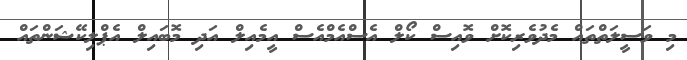
މި ވަސީލަތްތައް މެދުވެރިކޮށް ވޮއިސް ކޯލް އެސްއެމްއެސް އީމެއިލް އަދި މޮބައިލް އެޕްލިކޭޝަންތައް